Report of the Municipal Commissioner on the plague in Bombay for the year ending 31st May... - Volume 1
Disease focus: Plague
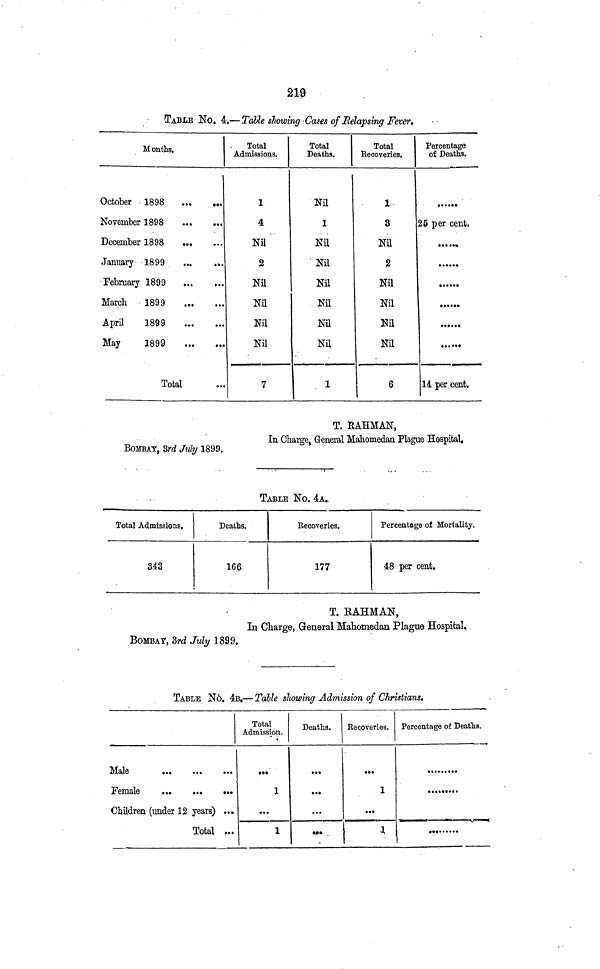
219
TABLE No. 4.—Table showing Cases of Relapsing Fever,
Months.
October 1898
...
...
Kovember 1898
December 1898
January 1899
...
...
February 1899
March
1899
April
1898
May
1899
Total
Total
Admissions.
1
4
Nil
2
Nil
Nil
Nil
Nil
7
Total
Deaths.
Nil
1
Nil
Nil
Nil
Nil
Nil
Nil
1
Total
Recoveries.
1
3
Nil
2
Nil
Nil
Nil
Nil
6
Percentage
of Deaths.
•••
5 per cent.
... .
...
...
...
...
14 per cent.
BOMBAY, 3rd July 1899.
T. RAHMAN,
In Charge, General Mahometan Plague Hospital.
TABLE No. 4A.
Total Admissions,
343
Deaths.
166.
Recoveries.
177
Percentage of Mortality.
48 per cent.
BOMBAY, 3rd July 1899.
T. RAHMAN,
In Charge, General Mahomedan Plague Hospital,
TABLE No. 4B.—Table showing Admission of Christians.
Female
...
...
...
Children (under 12 years) ...
Total ,..
Total
Admission.
1
...
1
Deaths.
..
...
••
Recoveries.
1
...
1
Percentage of Deaths.
.
...
• • • • ...